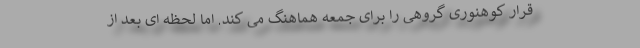
قرار کوهنوری گروهی را برای جمعه هماهنگ می کند. اما لحظه ای بعد از